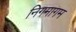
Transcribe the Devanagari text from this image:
निगमागम